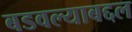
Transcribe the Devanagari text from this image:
बडवल्याबद्दल